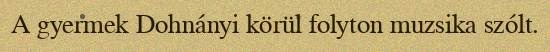
A gyermek Dohnányi körül folyton muzsika szólt.